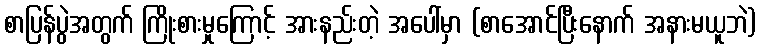
စာပြန်ပွဲအတွက် ကြိုးစားမှုကြောင့် အားနည်းတဲ့ အပေါ်မှာ (စာအောင်ပြီးနောက် အနားမယူဘဲ)